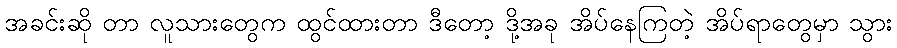
အခင်းဆို တာ လူသားတွေက ထွင်ထားတာ ဒီတော့ ဒို့အခု အိပ်နေကြတဲ့ အိပ်ရာတွေမှာ သွား